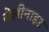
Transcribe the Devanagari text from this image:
सेलीनाइड